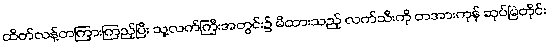
ထိတ်လန့်တကြားကြည့်ပြီး သူ့လက်ကြီးအတွင်း၌ မိထားသည့် လက်သီးကို တအားကုန် ဆုပ်မြဲတိုင်း